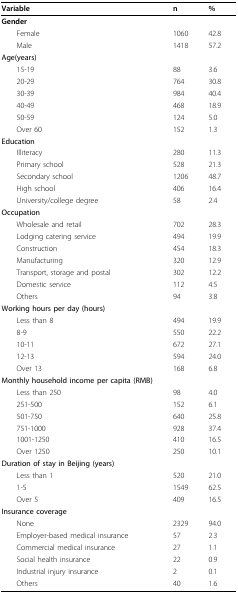
<table><thead><tr><td><b>Variable</b></td><td><b>n</b></td><td><b>%</b></td></tr></thead><tbody><tr><td><b>Gender</b></td><td></td><td></td></tr><tr><td> Female</td><td>1060</td><td>42.8</td></tr><tr><td> Male</td><td>1418</td><td>57.2</td></tr><tr><td><b>Age(years)</b></td><td></td><td></td></tr><tr><td> 15-19</td><td>88</td><td>3.6</td></tr><tr><td> 20-29</td><td>764</td><td>30.8</td></tr><tr><td> 30-39</td><td>984</td><td>40.4</td></tr><tr><td> 40-49</td><td>468</td><td>18.9</td></tr><tr><td> 50-59</td><td>124</td><td>5.0</td></tr><tr><td> Over 60</td><td>152</td><td>1.3</td></tr><tr><td><b>Education</b></td><td></td><td></td></tr><tr><td> Illiteracy</td><td>280</td><td>11.3</td></tr><tr><td> Primary school</td><td>528</td><td>21.3</td></tr><tr><td> Secondary school</td><td>1206</td><td>48.7</td></tr><tr><td> High school</td><td>406</td><td>16.4</td></tr><tr><td> University/college degree</td><td>58</td><td>2.4</td></tr><tr><td><b>Occupation</b></td><td></td><td></td></tr><tr><td> Wholesale and retail</td><td>702</td><td>28.3</td></tr><tr><td> Lodging catering service</td><td>494</td><td>19.9</td></tr><tr><td> Construction</td><td>454</td><td>18.3</td></tr><tr><td> Manufacturing</td><td>320</td><td>12.9</td></tr><tr><td> Transport, storage and postal</td><td>302</td><td>12.2</td></tr><tr><td> Domestic service</td><td>112</td><td>4.5</td></tr><tr><td> Others</td><td>94</td><td>3.8</td></tr><tr><td><b>Working hours per day (hours)</b></td><td></td><td></td></tr><tr><td> Less than 8</td><td>494</td><td>19.9</td></tr><tr><td> 8-9</td><td>550</td><td>22.2</td></tr><tr><td> 10-11</td><td>672</td><td>27.1</td></tr><tr><td> 12-13</td><td>594</td><td>24.0</td></tr><tr><td> Over 13</td><td>168</td><td>6.8</td></tr><tr><td><b>Monthly household income per capita (RMB)</b></td><td></td><td></td></tr><tr><td> Less than 250</td><td>98</td><td>4.0</td></tr><tr><td> 251-500</td><td>152</td><td>6.1</td></tr><tr><td> 501-750</td><td>640</td><td>25.8</td></tr><tr><td> 751-1000</td><td>928</td><td>37.4</td></tr><tr><td> 1001-1250</td><td>410</td><td>16.5</td></tr><tr><td> Over 1250</td><td>250</td><td>10.1</td></tr><tr><td><b>Duration of stay in Beijing (years)</b></td><td></td><td></td></tr><tr><td> Less than 1</td><td>520</td><td>21.0</td></tr><tr><td> 1-5</td><td>1549</td><td>62.5</td></tr><tr><td> Over 5</td><td>409</td><td>16.5</td></tr><tr><td><b>Insurance coverage</b></td><td></td><td></td></tr><tr><td> None</td><td>2329</td><td>94.0</td></tr><tr><td> Employer-based medical insurance</td><td>57</td><td>2.3</td></tr><tr><td> Commercial medical insurance</td><td>27</td><td>1.1</td></tr><tr><td> Social health insurance</td><td>22</td><td>0.9</td></tr><tr><td> Industrial injury insurance</td><td>2</td><td>0.1</td></tr><tr><td> Others</td><td>40</td><td>1.6</td></tr></tbody></table>